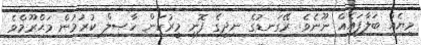
މިޔެއް ބަލާފައެއް ނޫނެވެ. ރޭގަނޑުގެ ނިދީގެ ފޮނި މީރުކަން ހާޞިލް ކުރުމުން މަޙްރޫމްވެ